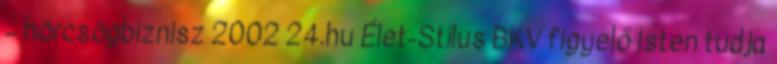
– hörcsögbiznisz 2002 24.hu Élet-Stílus BKV figyelő Isten tudja